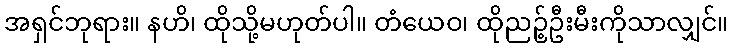
အရှင်ဘုရား။ နဟိ၊ ထိုသို့မဟုတ်ပါ။ တံယေဝ၊ ထိုညဉ့်ဦးမီးကိုသာလျှင်။